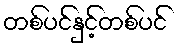
တစ်ပင်နှင့်တစ်ပင်